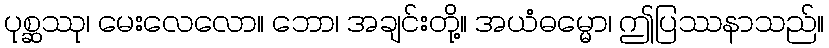
ပုစ္ဆဿု၊ မေးလေလော။ ဘော၊ အချင်းတို့။ အယံဓမ္မော၊ ဤပြဿနာသည်။